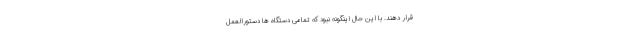
قرار دهند. با این حال اینگونه نبود که تمامی دستگاه ها دستورالعمل